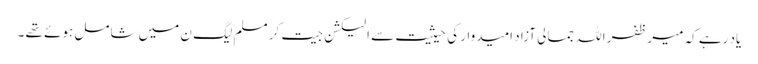
یاد رہے کہ میر ظفر اللہ جمالی آزاد امیدوار کی حیثیت سے الیکشن جیت کر مسلم لیگ ن میں شامل ہوئے تھے ۔